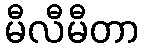
မီလီမီတာ